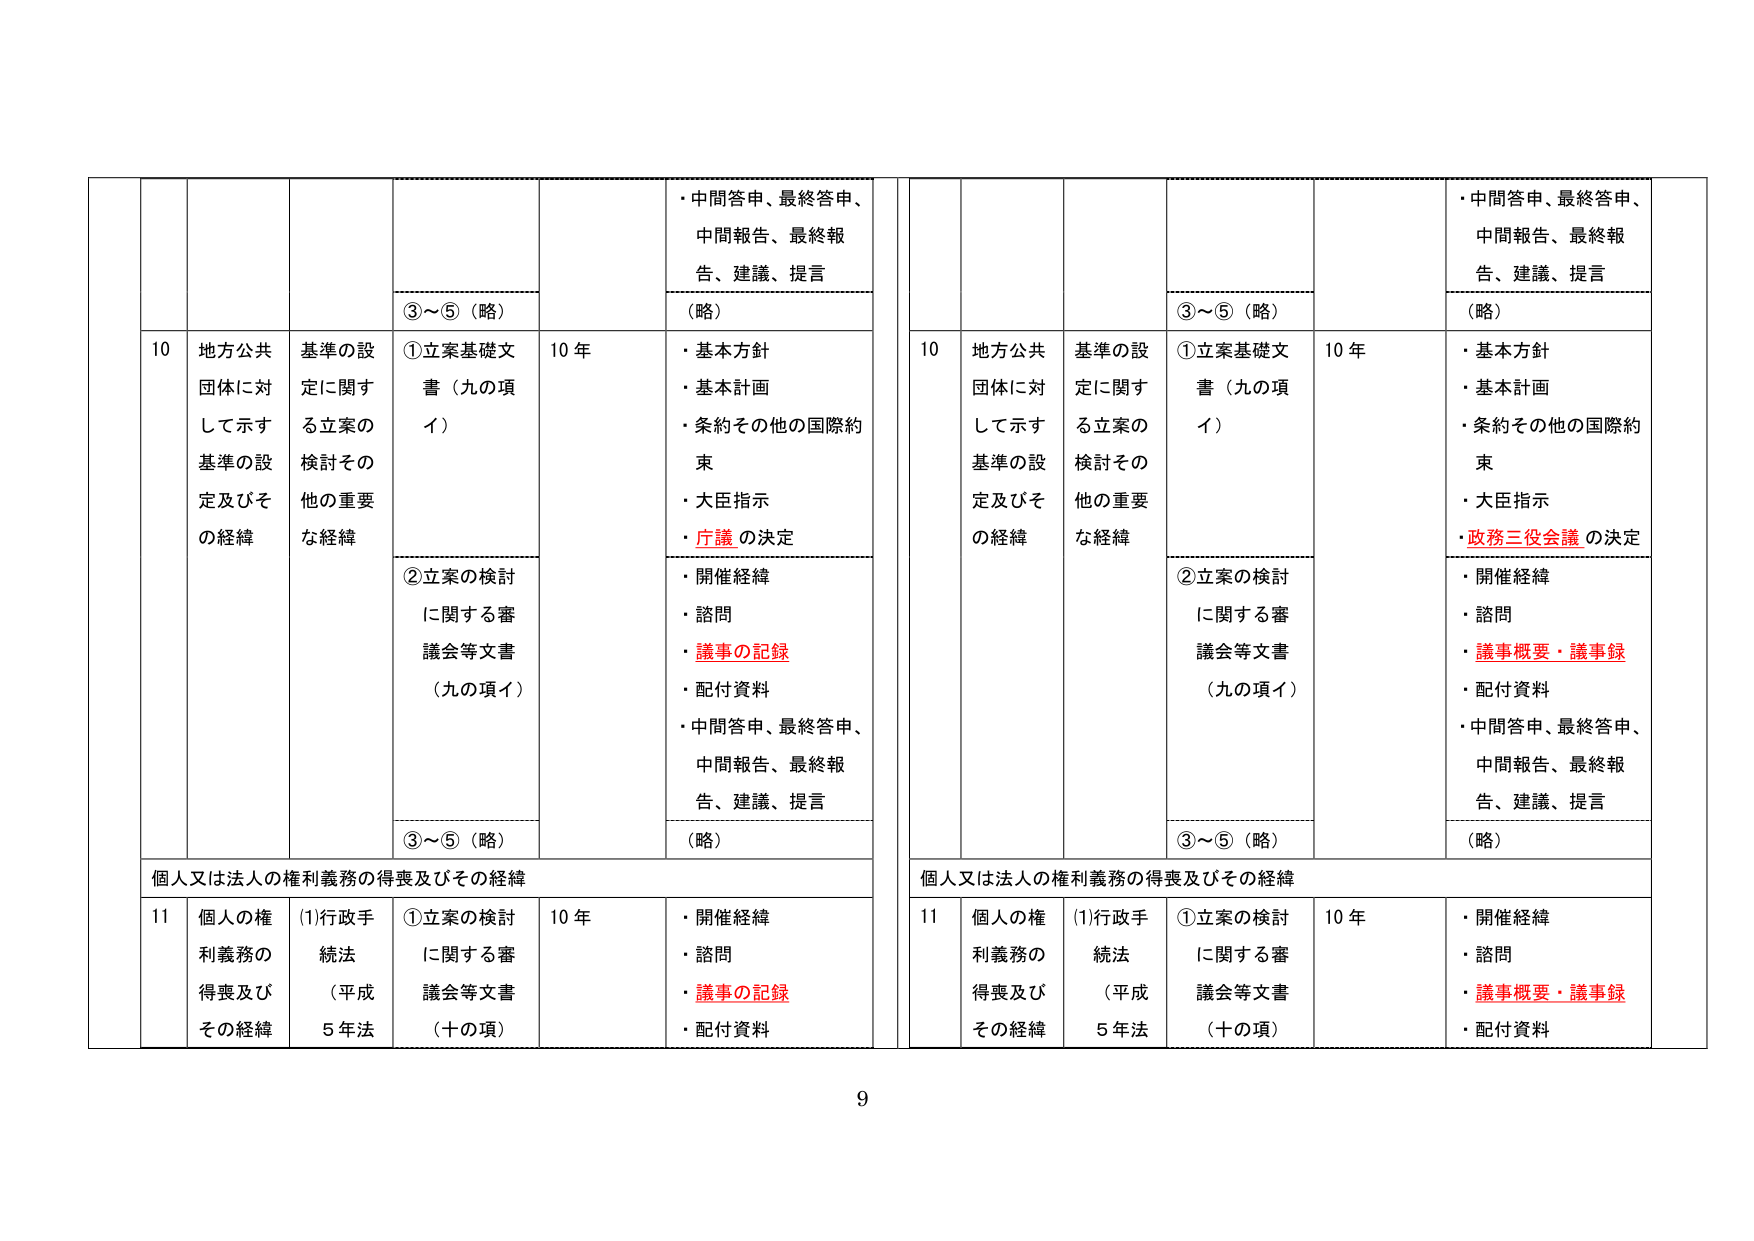
・中間答申、最終答申、
中間報告、最終報告、建議、提言
（略）
③～⑤（略）
10 地方公共
団体に対
して示す
基準の設
定及びそ
の経緯
基準の設
定に関する立案の
検討その
他の重要
な経緯
①立案基礎文
書（九の項イ）
10 年
・基本方針
・基本計画
・条約その他の国際約束
・大臣指示
・庁議の決定
②立案の検討
に関する審議会等文書
（九の項イ）
・開催経緯
・諮問
・議事の記録
・配付資料
・中間答申、最終答申、
中間報告、最終報告、建議、提言
③～⑤（略）
（略）
個人又は法人の権利義務の得喪及びその経緯
11 個人の権
利義務の
得喪及び
その経緯
(1)行政手
続法
（平成
5 年法）
①立案の検討
に関する審議会等文書
（十の項）
10 年
・開催経緯
・諮問
・議事の記録
・配付資料
・中間答申、最終答申、
中間報告、最終報告、建議、提言
（略）
③～⑤（略）
10 地方公共
団体に対
して示す
基準の設
定及びそ
の経緯
基準の設
定に関する立案の
検討その
他の重要
な経緯
①立案基礎文
書（九の項イ）
10 年
・基本方針
・基本計画
・条約その他の国際約束
・大臣指示
・政務三役会議の決定
②立案の検討
に関する審議会等文書
（九の項イ）
・開催経緯
・諮問
・議事概要・議事録
・配付資料
・中間答申、最終答申、
中間報告、最終報告、建議、提言
③～⑤（略）
（略）
個人又は法人の権利義務の得喪及びその経緯
11 個人の権
利義務の
得喪及び
その経緯
(1)行政手
続法
（平成
5 年法）
①立案の検討
に関する審議会等文書
（十の項）
10 年
・開催経緯
・諮問
・議事概要・議事録
・配付資料
9